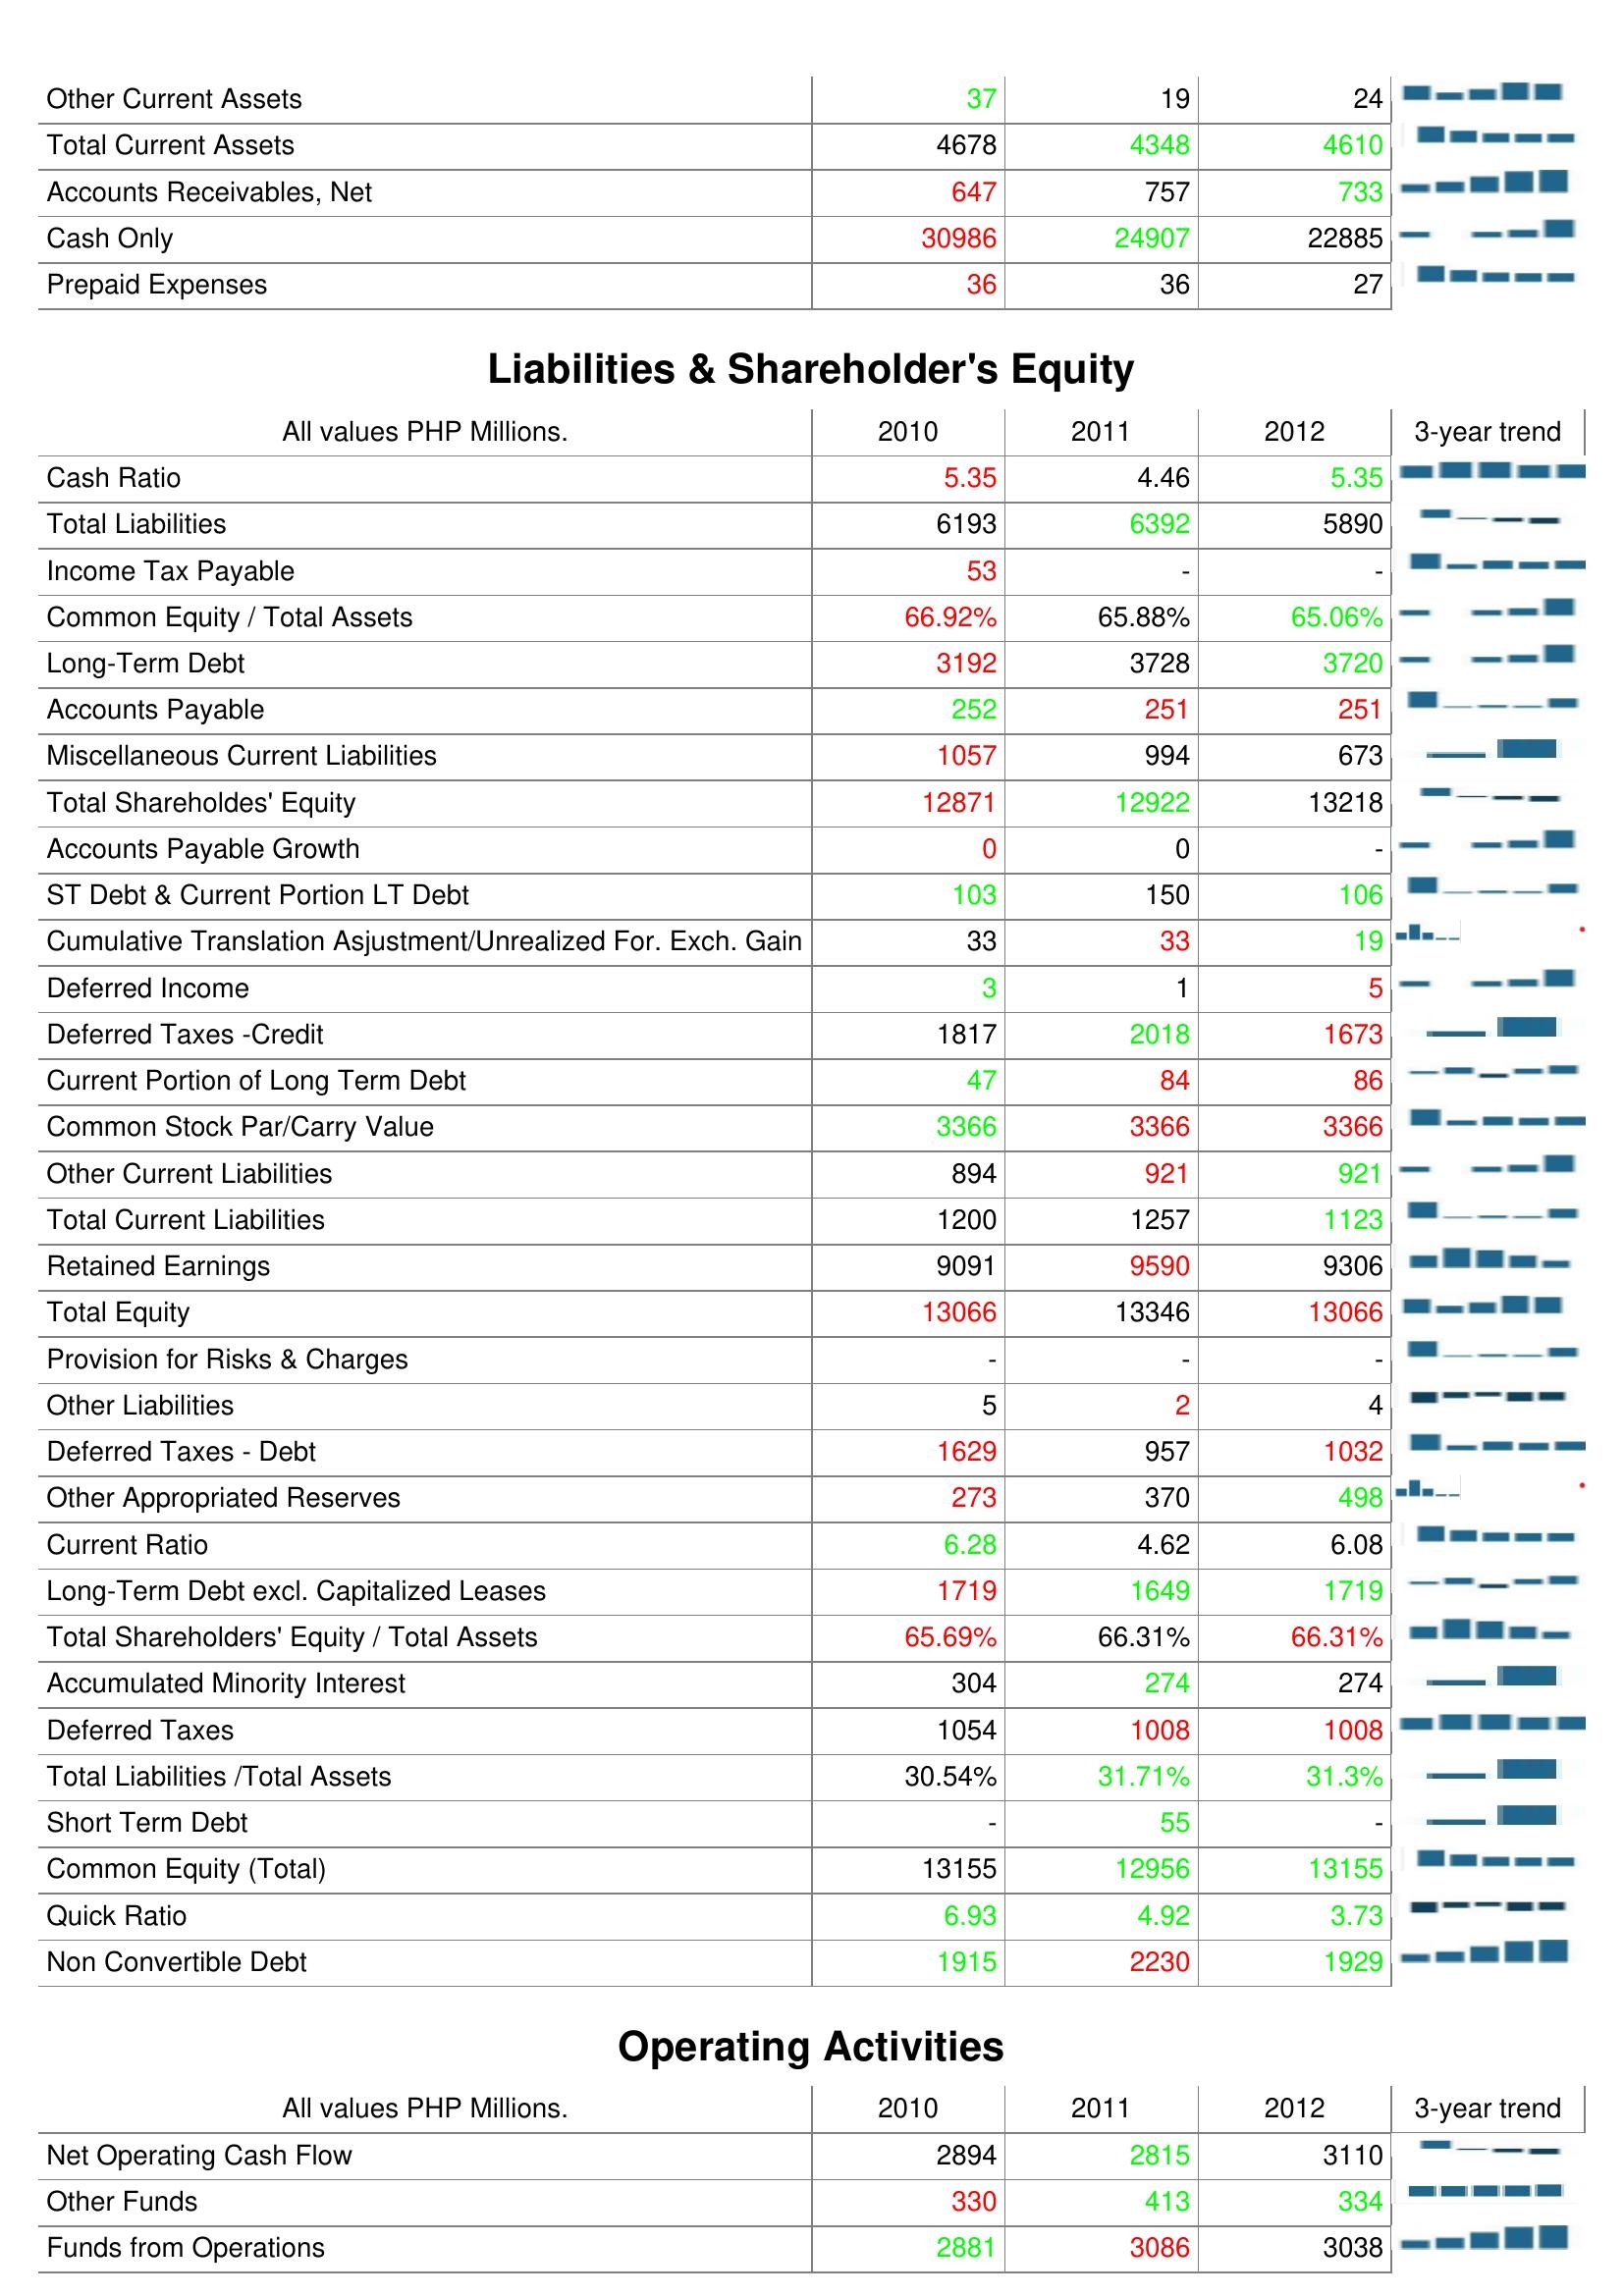
2010: Assets: Other Current Assets: 37
Total Current Assets: 4678
Accounts Receivables, Net: 647
Cash Only: 30986
Prepaid Expenses: 36
Liabilities & Shareholder's Equity: Cash Ratio: 5.35
Total Liabilities: 6193
Income Tax Payable: 53
Common Equity / Total Assets: 66.92%
Long-Term Debt: 3192
Accounts Payable: 252
Miscellaneous Current Liabilities: 1057
Total Shareholdes' Equity: 12871
Accounts Payable Growth: 0
ST Debt & Current Portion LT Debt: 103
Cumulative Translation Asjustment/Unrealized For. Exch. Gain: 33
Deferred Income: 3
Deferred Taxes -Credit: 1817
Current Portion of Long Term Debt: 47
Common Stock Par/Carry Value: 3366
Other Current Liabilities: 894
Total Current Liabilities: 1200
Retained Earnings: 9091
Total Equity: 13066
Provision for Risks & Charges: -
Other Liabilities: 5
Deferred Taxes - Debt: 1629
Other Appropriated Reserves: 273
Current Ratio: 6.28
Long-Term Debt excl. Capitalized Leases: 1719
Total Shareholders' Equity / Total Assets: 65.69%
Accumulated Minority Interest: 304
Deferred Taxes: 1054
Total Liabilities /Total Assets: 30.54%
Short Term Debt: -
Common Equity (Total): 13155
Quick Ratio: 6.93
Non Convertible Debt: 1915
Operating Activities: Net Operating Cash Flow: 2894
Other Funds: 330
Funds from Operations: 2881
2011: Assets: Other Current Assets: 19
Total Current Assets: 4348
Accounts Receivables, Net: 757
Cash Only: 24907
Prepaid Expenses: 36
Liabilities & Shareholder's Equity: Cash Ratio: 4.46
Total Liabilities: 6392
Income Tax Payable: -
Common Equity / Total Assets: 65.88%
Long-Term Debt: 3728
Accounts Payable: 251
Miscellaneous Current Liabilities: 994
Total Shareholdes' Equity: 12922
Accounts Payable Growth: 0
ST Debt & Current Portion LT Debt: 150
Cumulative Translation Asjustment/Unrealized For. Exch. Gain: 33
Deferred Income: 1
Deferred Taxes -Credit: 2018
Current Portion of Long Term Debt: 84
Common Stock Par/Carry Value: 3366
Other Current Liabilities: 921
Total Current Liabilities: 1257
Retained Earnings: 9590
Total Equity: 13346
Provision for Risks & Charges: -
Other Liabilities: 2
Deferred Taxes - Debt: 957
Other Appropriated Reserves: 370
Current Ratio: 4.62
Long-Term Debt excl. Capitalized Leases: 1649
Total Shareholders' Equity / Total Assets: 66.31%
Accumulated Minority Interest: 274
Deferred Taxes: 1008
Total Liabilities /Total Assets: 31.71%
Short Term Debt: 55
Common Equity (Total): 12956
Quick Ratio: 4.92
Non Convertible Debt: 2230
Operating Activities: Net Operating Cash Flow: 2815
Other Funds: 413
Funds from Operations: 3086
2012: Assets: Other Current Assets: 24
Total Current Assets: 4610
Accounts Receivables, Net: 733
Cash Only: 22885
Prepaid Expenses: 27
Liabilities & Shareholder's Equity: Cash Ratio: 5.35
Total Liabilities: 5890
Income Tax Payable: -
Common Equity / Total Assets: 65.06%
Long-Term Debt: 3720
Accounts Payable: 251
Miscellaneous Current Liabilities: 673
Total Shareholdes' Equity: 13218
Accounts Payable Growth: -
ST Debt & Current Portion LT Debt: 106
Cumulative Translation Asjustment/Unrealized For. Exch. Gain: 19
Deferred Income: 5
Deferred Taxes -Credit: 1673
Current Portion of Long Term Debt: 86
Common Stock Par/Carry Value: 3366
Other Current Liabilities: 921
Total Current Liabilities: 1123
Retained Earnings: 9306
Total Equity: 13066
Provision for Risks & Charges: -
Other Liabilities: 4
Deferred Taxes - Debt: 1032
Other Appropriated Reserves: 498
Current Ratio: 6.08
Long-Term Debt excl. Capitalized Leases: 1719
Total Shareholders' Equity / Total Assets: 66.31%
Accumulated Minority Interest: 274
Deferred Taxes: 1008
Total Liabilities /Total Assets: 31.3%
Short Term Debt: -
Common Equity (Total): 13155
Quick Ratio: 3.73
Non Convertible Debt: 1929
Operating Activities: Net Operating Cash Flow: 3110
Other Funds: 334
Funds from Operations: 3038